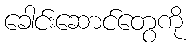
ခေါင်းဆောင်တွေကို